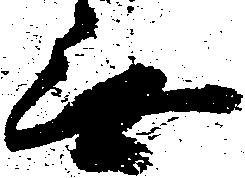
無